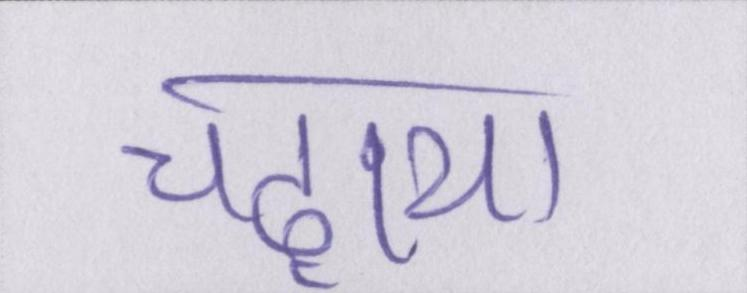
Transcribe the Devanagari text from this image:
चढ़ाया